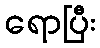
ရောပြီး